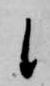
候